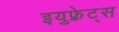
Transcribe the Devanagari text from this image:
इयुफ़्रेट्स